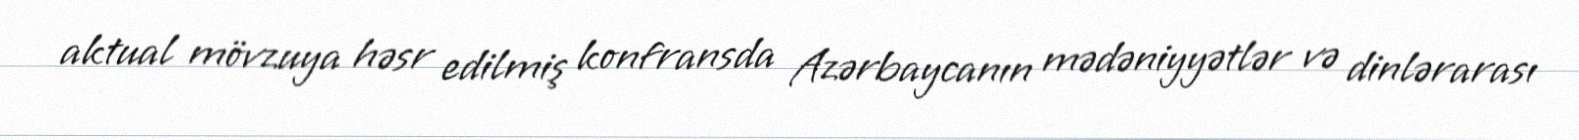
aktual mövzuya həsr edilmiş konfransda Azərbaycanın mədəniyyətlər və dinlərarası